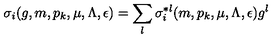
\sigma _ { i } ( g , m , p _ { k } , \mu , \Lambda , \epsilon ) = \sum _ { l } \sigma _ { i } ^ { * l } ( m , p _ { k } , \mu , \Lambda , \epsilon ) g ^ { l } ~